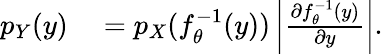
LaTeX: \begin{array}{rl}{p_{Y}(y)}&{{}=p_{X}(f_{\theta}^{-1}(y))\left|\frac{\partial f_{\theta}^{-1}(y)}{\partial y}\right|.}\end{array}